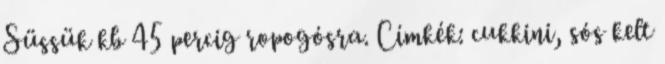
Süssük kb 45 percig ropogósra. Címkék: cukkini, sós kelt